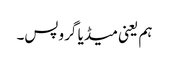
ہم یعنی میڈیا گروپس۔